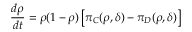
\frac { d \rho } { d t } = \rho ( 1 - \rho ) \left[ \pi _ { C } ( \rho , \delta ) - \pi _ { D } ( \rho , \delta ) \right]